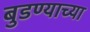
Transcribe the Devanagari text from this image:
बुडण्याच्या